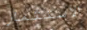
الاستثمار